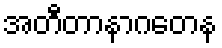
အတီတာနာဂတေန